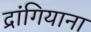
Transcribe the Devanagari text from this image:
द्रांगियाना